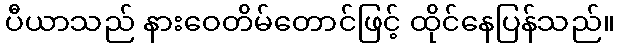
ပီယာသည် နားဝေတိမ်တောင်ဖြင့် ထိုင်နေပြန်သည်။